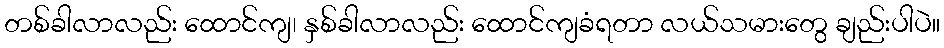
တစ်ခါလာလည်း ထောင်ကျ၊ နှစ်ခါလာလည်း ထောင်ကျခံရတာ လယ်သမားတွေ ချည်းပါပဲ။